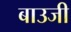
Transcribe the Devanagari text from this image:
बाउजी